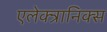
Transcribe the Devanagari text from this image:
एलेक्त्रानिक्स